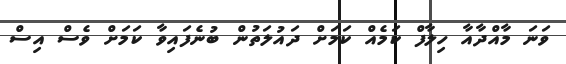
ވަނަ މާއްދާއާ ހިލާފް ކަމެއް ކަމަށް ދައުލަތުން ބުނެފައިވާ ކަމަށް ވެސް އިސް